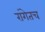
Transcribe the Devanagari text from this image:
रांगेतच